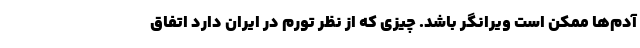
آدم‌ها ممکن است ویرانگر باشد. چیزی که از نظر تورم در ایران دارد اتفاق